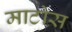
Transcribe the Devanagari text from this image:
माटोस